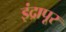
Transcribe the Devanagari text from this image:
इंद्रापूर